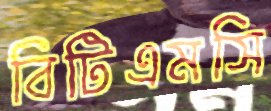
বিটিএমসি